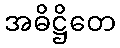
အဓိဋ္ဌိတေ